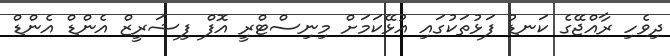
ދިވެހި ރާއްޖޭގެ ކަނޑު ފަޅުތަކުގައި އުޅޭކަމަށް މިނިސްޓްރީ އޮފް ފިޝަރީޒް އެންޑް އެންޑް